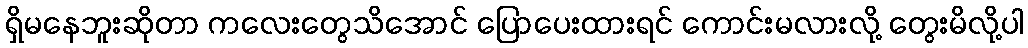
ရှိမနေဘူးဆိုတာ ကလေးတွေသိအောင် ပြောပေးထားရင် ကောင်းမလားလို့ တွေးမိလို့ပါ